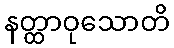
နတ္ထာဝုသောတိ